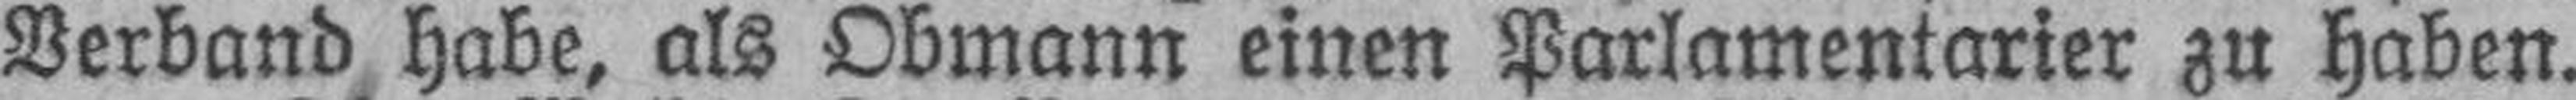
Verband habe, als Obmann einen Parlamentarier zu haben.